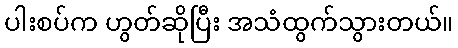
ပါးစပ်က ဟွတ်ဆိုပြီး အသံထွက်သွားတယ်။